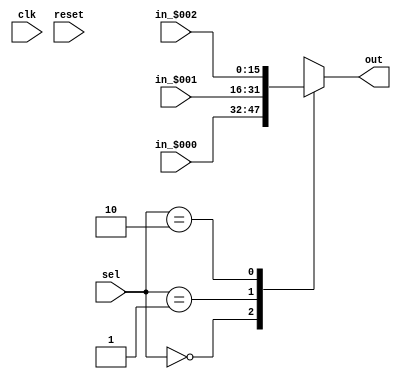
module Mux_0x683fa1a418b072c9
(
  input  wire [   0:0] clk,
  input  wire [  15:0] in_$000,
  input  wire [  15:0] in_$001,
  input  wire [  15:0] in_$002,
  output reg  [  15:0] out,
  input  wire [   0:0] reset,
  input  wire [   1:0] sel
);

  // localparam declarations
  localparam nports = 3;


  // array declarations
  wire   [  15:0] in_[0:2];
  assign in_[  0] = in_$000;
  assign in_[  1] = in_$001;
  assign in_[  2] = in_$002;

  // PYMTL SOURCE:
  //
  // @s.combinational
  // def comb_logic():
  //       assert s.sel < nports
  //       s.out.v = s.in_[ s.sel ]

  // logic for comb_logic()
  always @ (*) begin
    out = in_[sel];
  end


endmodule